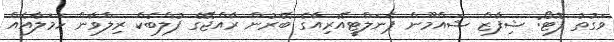
ވަގުތު ފޮޓޯ: ޝިފާޒް ޝައްމޫން ޕެނަލްޓީއޭރިއާގެ ބޭރުން ރާއްޖޭގެ ފުލްބެކް ރިލްވާން ހަމަލާއެއް